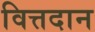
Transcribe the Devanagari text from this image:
वित्तदान